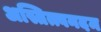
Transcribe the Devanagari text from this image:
अस्तित्त्वनदम